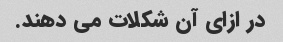
در ازای آن شکلات می دهند.